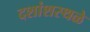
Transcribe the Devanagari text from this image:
दशांशस्थळे